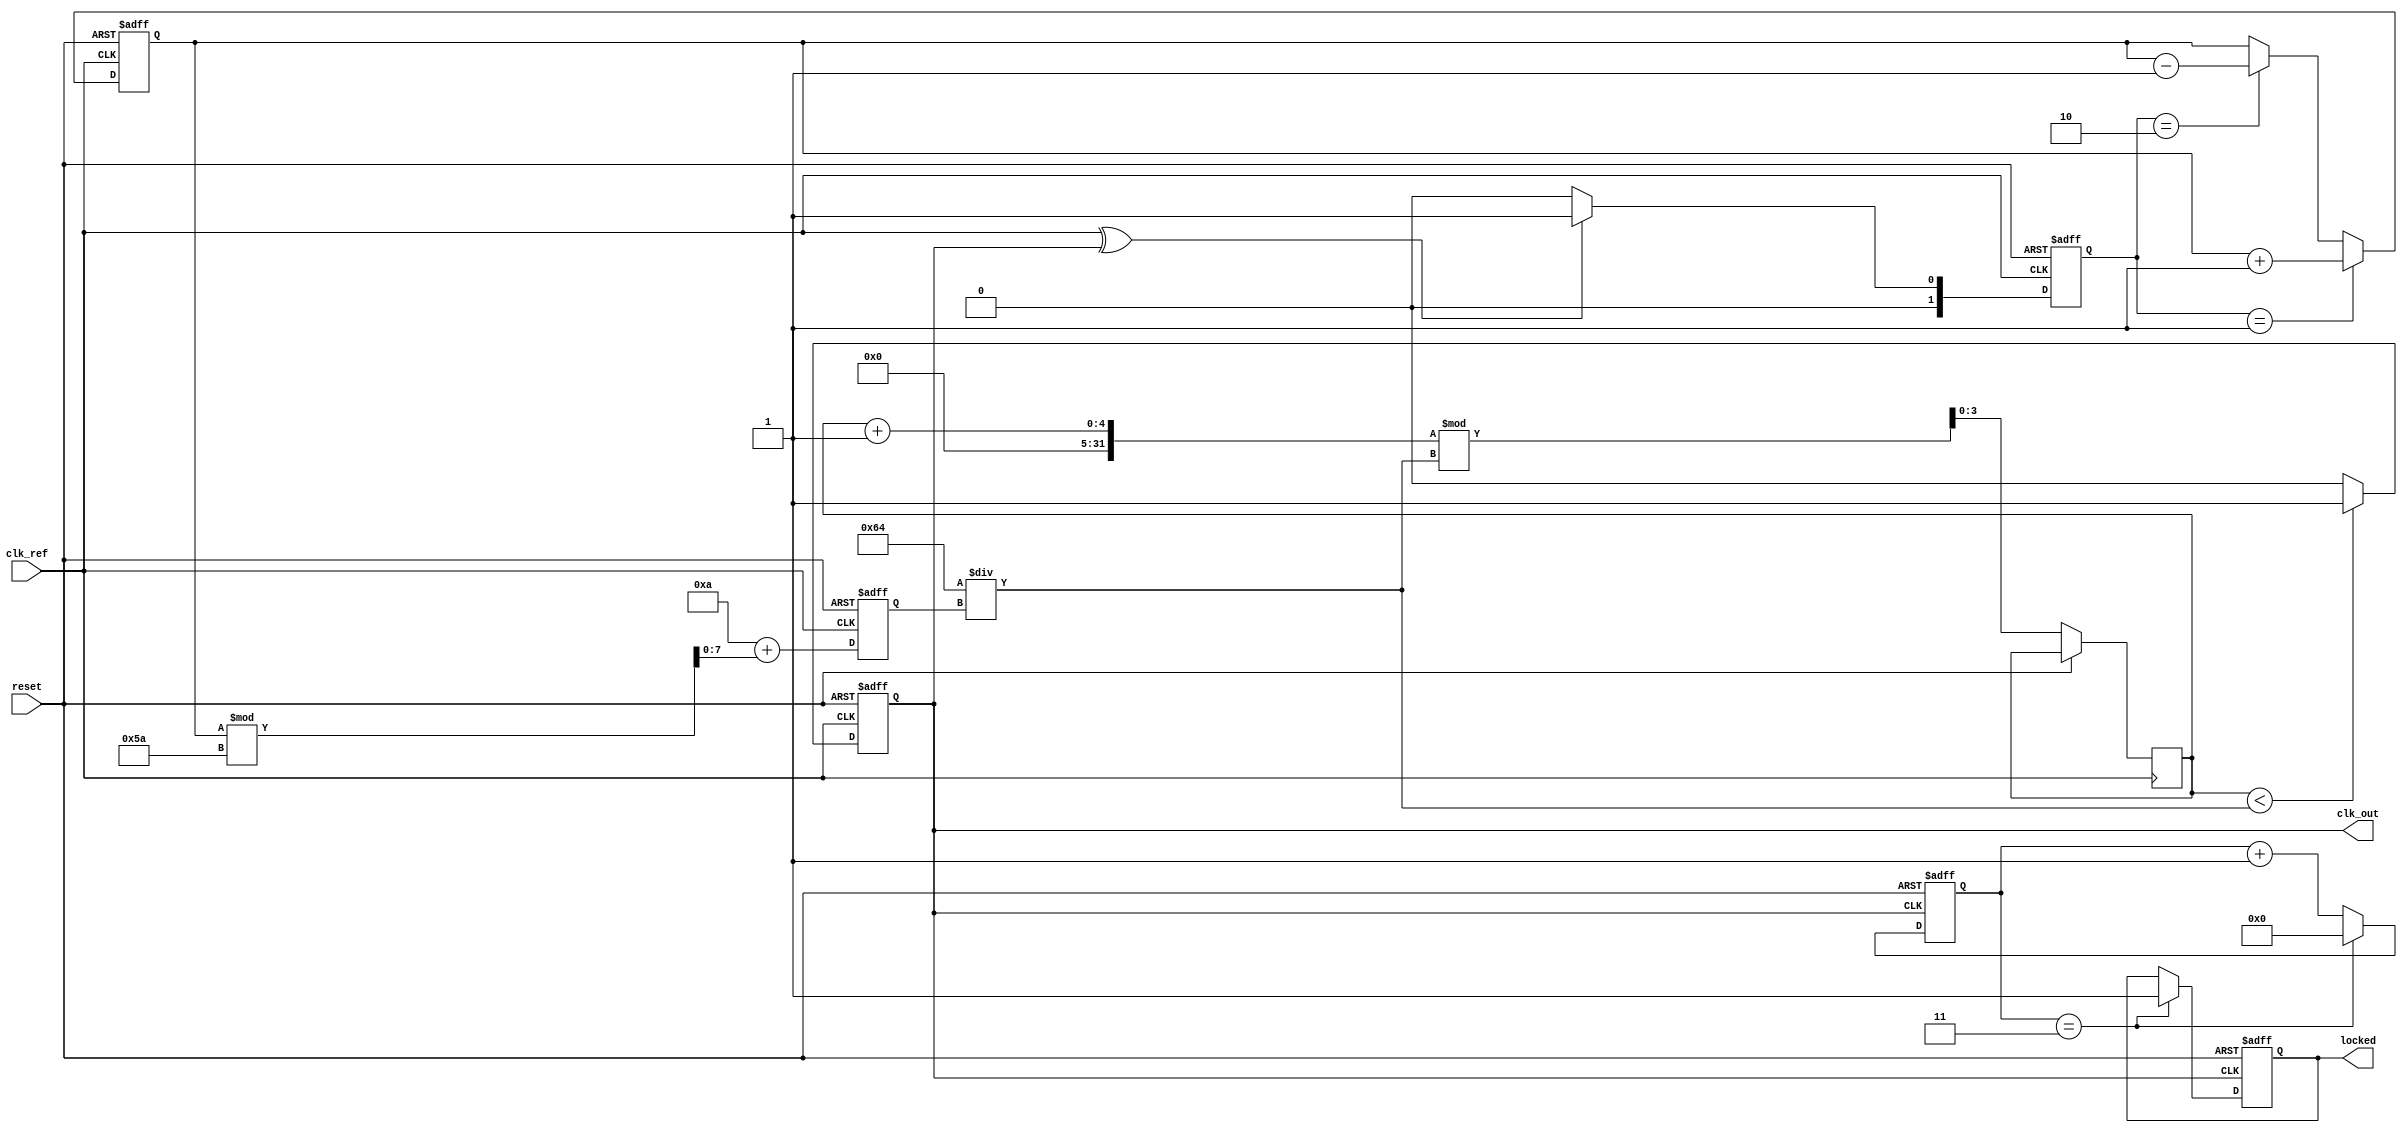
module high_performance_pll (
    input wire clk_ref,          // Reference clock input
    input wire reset,            // Reset signal
    output reg clk_out,          // Output clock signal
    output reg locked            // Lock status
);

    // Parameters
    parameter N = 4;             // Frequency divider value
    parameter VCO_MAX_FREQ = 100; // Max VCO frequency (arbitrary units)
    parameter VCO_MIN_FREQ = 10;  // Min VCO frequency (arbitrary units)

    // Internal signals
    reg [1:0] phase_error;       // Phase error signal
    reg [7:0] control_voltage;    // Control voltage for VCO
    reg [7:0] vco_freq;           // VCO frequency
    reg [3:0] counter;            // Counter for frequency division
    reg [7:0] loop_filter;        // Loop filter output

    // Phase Detector (XOR implementation)
    always @(posedge clk_ref or posedge reset) begin
        if (reset) begin
            phase_error <= 2'b00;
        end else begin
            // Compare reference clock with divided output clock
            phase_error <= (clk_ref ^ clk_out) ? 2'b01 : 2'b00;
        end
    end

    // Charge Pump
    always @(posedge clk_ref or posedge reset) begin
        if (reset) begin
            control_voltage <= 8'b0;
        end else begin
            // Simple charge pump logic
            if (phase_error == 2'b01) begin
                control_voltage <= control_voltage + 1; // Increase control voltage
            end else if (phase_error == 2'b10) begin
                control_voltage <= control_voltage - 1; // Decrease control voltage
            end
        end
    end

    // Loop Filter (simple integrator)
    always @(posedge clk_ref or posedge reset) begin
        if (reset) begin
            loop_filter <= 8'b0;
        end else begin
            loop_filter <= loop_filter + control_voltage; // Integrate control voltage
        end
    end

    // Voltage-Controlled Oscillator (VCO)
    always @(posedge clk_ref or posedge reset) begin
        if (reset) begin
            vco_freq <= VCO_MIN_FREQ;
            clk_out <= 0;
        end else begin
            // Adjust VCO frequency based on control voltage
            vco_freq <= VCO_MIN_FREQ + (control_voltage % (VCO_MAX_FREQ - VCO_MIN_FREQ));
            // Generate output clock based on VCO frequency
            clk_out <= (counter < (VCO_MAX_FREQ / vco_freq)) ? 1 : 0;
            counter <= (counter + 1) % (VCO_MAX_FREQ / vco_freq);
        end
    end

    // Frequency Divider
    reg [N-1:0] div_counter;
    always @(posedge clk_out or posedge reset) begin
        if (reset) begin
            div_counter <= 0;
            locked <= 0;
        end else begin
            if (div_counter == N-1) begin
                locked <= 1; // Indicate PLL is locked
                div_counter <= 0;
            end else begin
                div_counter <= div_counter + 1;
            end
        end
    end

endmodule